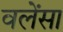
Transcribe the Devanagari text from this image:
वलेंसा